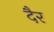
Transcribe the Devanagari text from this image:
दैर